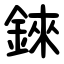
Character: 錸